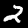
Label: 2